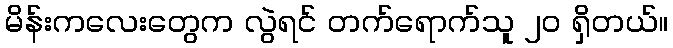
မိန်းကလေးတွေက လွဲရင် တက်ရောက်သူ ၂၀ ရှိတယ်။